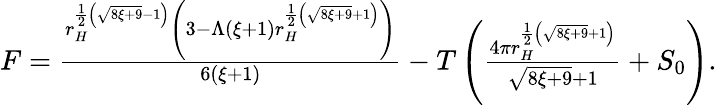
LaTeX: \begin{array}{r}{F=\frac{r_{H}^{\frac{1}{2}\left(\sqrt{8\xi+9}-1\right)}\left(3-\Lambda(\xi+1)r_{H}^{\frac{1}{2}\left(\sqrt{8\xi+9}+1\right)}\right)}{6(\xi+1)}-T\left(\frac{4\pi r_{H}^{\frac{1}{2}\left(\sqrt{8\xi+9}+1\right)}}{\sqrt{8\xi+9}+1}+S_{0}\right).}\end{array}